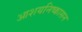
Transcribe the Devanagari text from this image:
आशयनिष्कासन